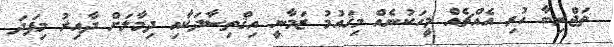
ތަޖްރިބާ ހުރި އެއްޗެއް މީހަކުނެއް މިޤައުމު ޒަމާނީ އިޤްތިސާދަކާއި ދިމާލަށް ދާއިރު މިފަދަ